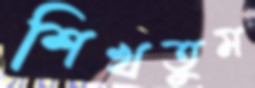
শিখতুম